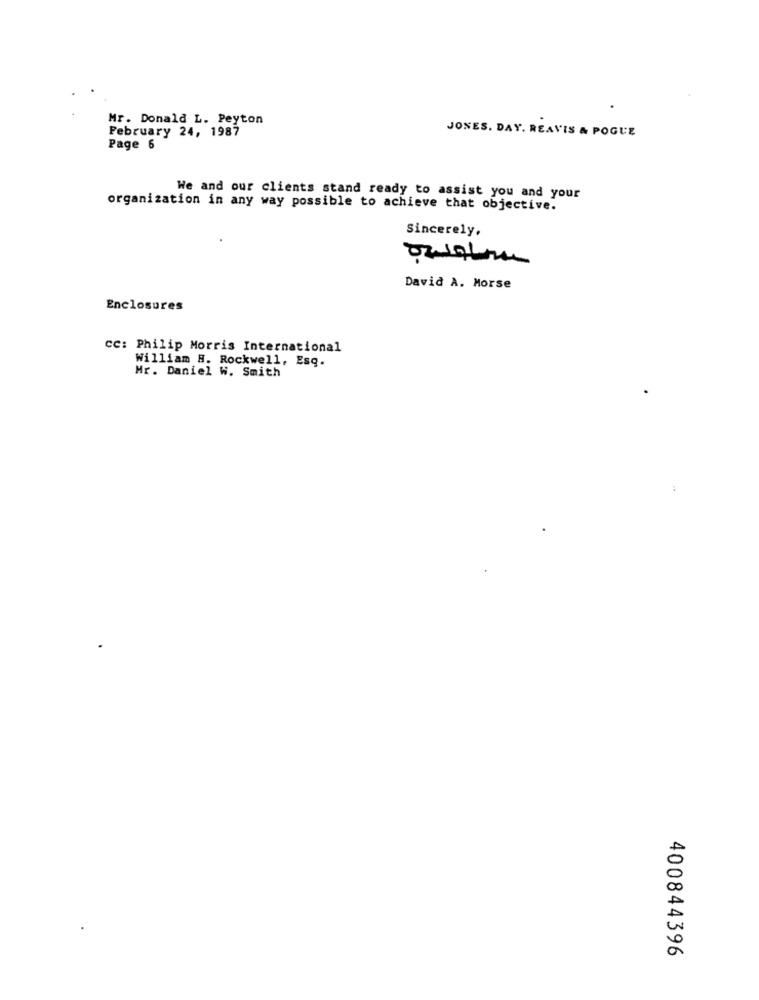
Mr. Donald L. Peyton
February 24, 1987
JONES. DAY. REAVIS & POGUE
Page 6
We and our clients stand ready to assist you and your
organization in any way possible to achieve that objective.
Sincerely.
David A. Morse
Enclosures
CC: Philip Morris International
William H. Rockwell, Esq.
Mr. Daniel W. Smith
400844396